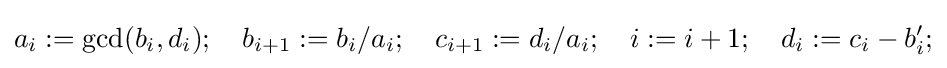
a_{i}:=\gcd(b_{i},d_{i});\quad b_{i+1}:=b_{i}/a_{i};\quad c_{i+1}:=d_{i}/a_{i};\quad i:=i+1;\quad d_{i}:=c_{i}-b_{i}';